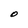
Character: O